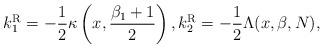
LaTeX: \begin{align*} k_1^{\rm R}=-\frac{1}{2}\kappa\left(x, \frac{\beta_1+1}{2}\right), k_2^{\rm R}=-\frac{1}{2}\Lambda(x, \beta, N),\end{align*}